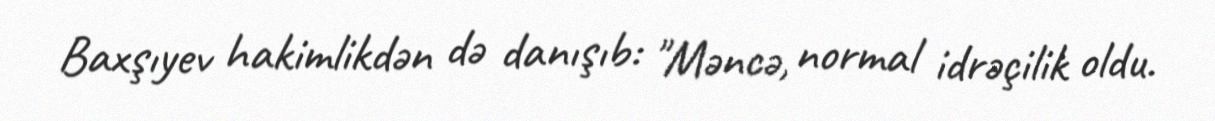
Baxşıyev hakimlikdən də danışıb: "Məncə, normal idrəçilik oldu.